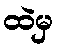
ထဲမှ